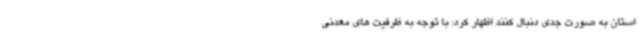
استان به صورت جدی دنبال کنند اظهار کرد: با توجه به ظرفیت های معدنی